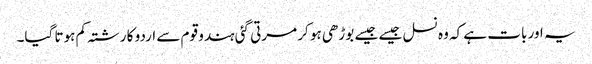
یہ اور بات ہے کہ وہ نسل جیسے جیسے بوڑھی ہو کر مرتی گئی ہندو قوم سے اردو کا رشتہ کم ہوتا گیا۔